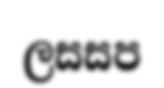
ලසසප